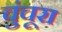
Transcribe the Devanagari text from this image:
चुंचूरा